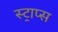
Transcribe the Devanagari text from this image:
स्ट्राप्स